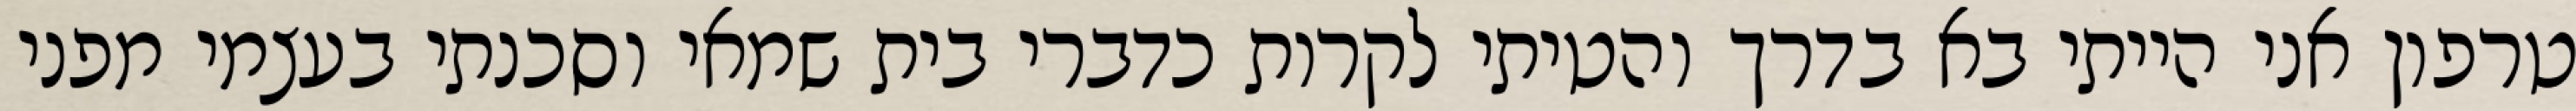
טרפון אני הייתי בא בדרך והטיתי לקרות כדברי בית שמאי וסכנתי בעצמי מפני